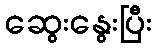
ဆွေးနွေးပြီး